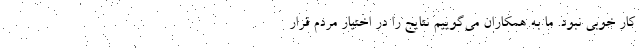
کار خوبی نبود. ما به همکاران می‌گوییم نتایج را در اختیار مردم قرار